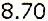
8.70